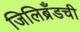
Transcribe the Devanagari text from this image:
जिलिब्रँडची